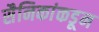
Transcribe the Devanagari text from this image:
सैनिकांकडून